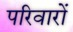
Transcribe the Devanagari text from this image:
परिवारों